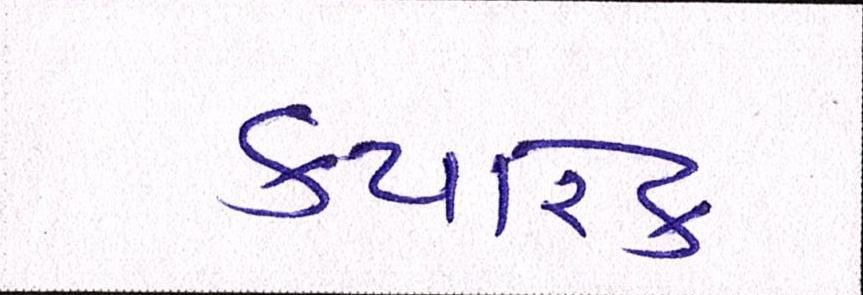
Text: ક્યારેક